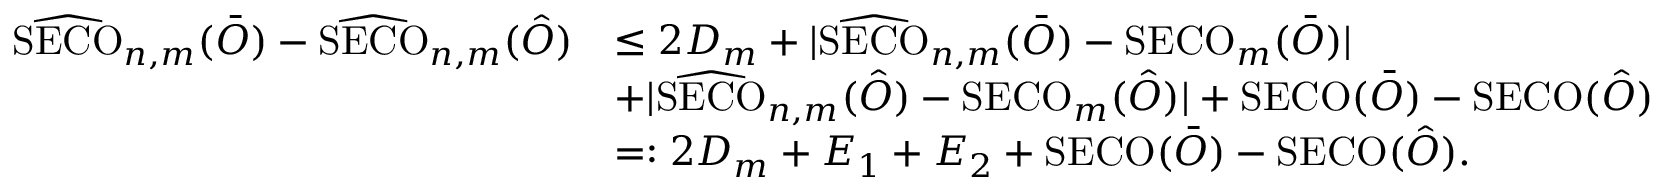
\begin{array} { r l } { \widehat { \mathrm { S E C O } } _ { n , m } ( \bar { O } ) - \widehat { \mathrm { S E C O } } _ { n , m } ( \hat { O } ) } & { \leq 2 D _ { m } + | \widehat { \mathrm { S E C O } } _ { n , m } ( \bar { O } ) - \mathrm { S E C O } _ { m } ( \bar { O } ) | } \\ & { + | \widehat { \mathrm { S E C O } } _ { n , m } ( \hat { O } ) - \mathrm { S E C O } _ { m } ( \hat { O } ) | + \mathrm { S E C O } ( \bar { O } ) - \mathrm { S E C O } ( \hat { O } ) } \\ & { = : 2 D _ { m } + E _ { 1 } + E _ { 2 } + \mathrm { S E C O } ( \bar { O } ) - \mathrm { S E C O } ( \hat { O } ) . } \end{array}